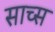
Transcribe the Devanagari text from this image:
साच्स